Statistical return of the lunatic asylum in Assam - 1912-1932
Year: 1912
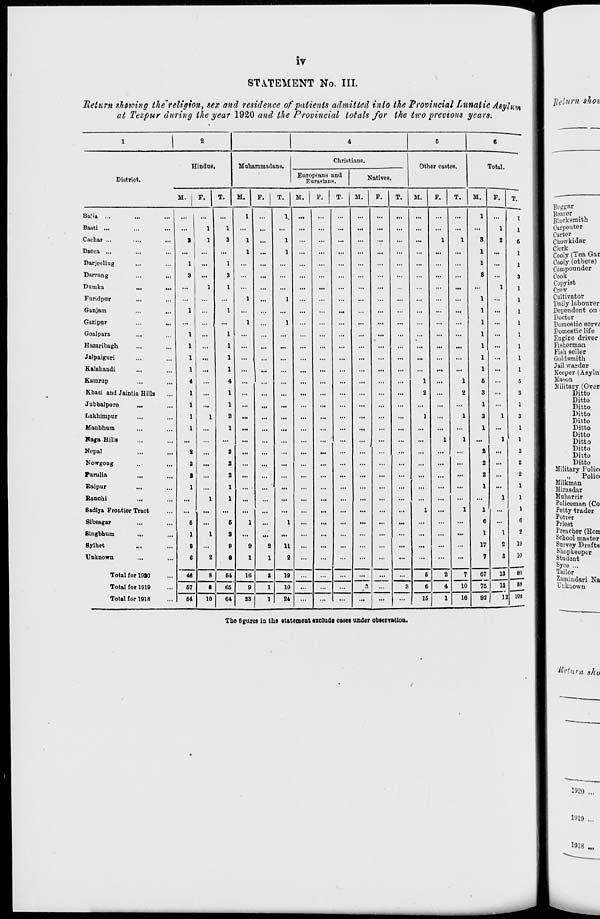
iv
STATEMENT No. III.
Return shdtving the'religion, sex and residence of patients admitted into the Provincial Lunatic Asylum
at Tezpur during the year 1920 and the Provincial totals for the two previous years.
1
2
4
5
6
Hindus.
Muharamadans.
Christians.
Other castes.
Tnt.nl
District.
Europeans and
Eurasians.
Natives.
M. 1 F.
T.
M.
F. 1 T.
M.
F.
T.
M.
F.
T.
M.
F.
T.
M.
F.
T.
Ba!ia ...
Basti ...
Cachar ...
Dacca ...
Darjeeliug
Darning
Dumka
...
,.,
Furidpur
Ganjam
...
„.
Gazipur
...
„.
Goalpara
...
Hazaribagh
...
Jalpaiguri
Kalahandi
Kamrup
Khasi and Jaintia Hills
Jubbalpore
...
Lakhimpur
Manbhum
Haga Hills
Nepal
Nowgong
*urulia
Raipur
Ranchi
Sadiya Frontier Tract
Sibsagar
Bingbhum
...
Bylhet
Unknown
a
l
3
1
1
1
1
1
4
1
1
1
1
a
2
%
1
6
1
8
6
...
1
1
1
...
1
1
1
2
1
8
1
3
1
1
1
1
1
1
4
1
1
2
1
2
2
2
1
1
6
2
8
8
1
1
1
1
1
1
9
1
2
1
1
1
1
1
1
1
11
2
...
...
...
...
...
1
2
1
1
1
1
1
1
2
1
1
1
1
3
1
1
8
1
1
1
1
1
1
1
5
3
1
2
1
2
2
2
1
1
6
1
17
7
1
2
1
1
1
1
1
2
3
1
1
6
1
1
3
1
1
1
1
1
1
I
1
5
3
1
3
1
1
2
2
2
1
1
1
6
2
19
10
Total for 1910
46
8
64
16
8
19
...
...
...
. "?
...
6
2
7
10
67
~~75
13
80
Total for 1919
67
8
65
9
1
10
...
...
...
3
6
4
IS
88
Total for 1918
64
10
64
23
1
24
...
...
...
...
...
...
15
1
16
92
12 101
Tho figures in the statement exclude cases under obsexration.